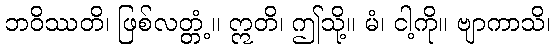
ဘဝိဿတိ၊ ဖြစ်လတ္တံ့။ ဣတိ၊ ဤသို့။ မံ၊ ငါ့ကို။ ဗျာကာသိ၊